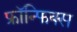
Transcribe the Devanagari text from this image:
फ्रॉन्फिक्स